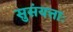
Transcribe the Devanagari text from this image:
सुसंयत्ताः